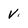
Character: v